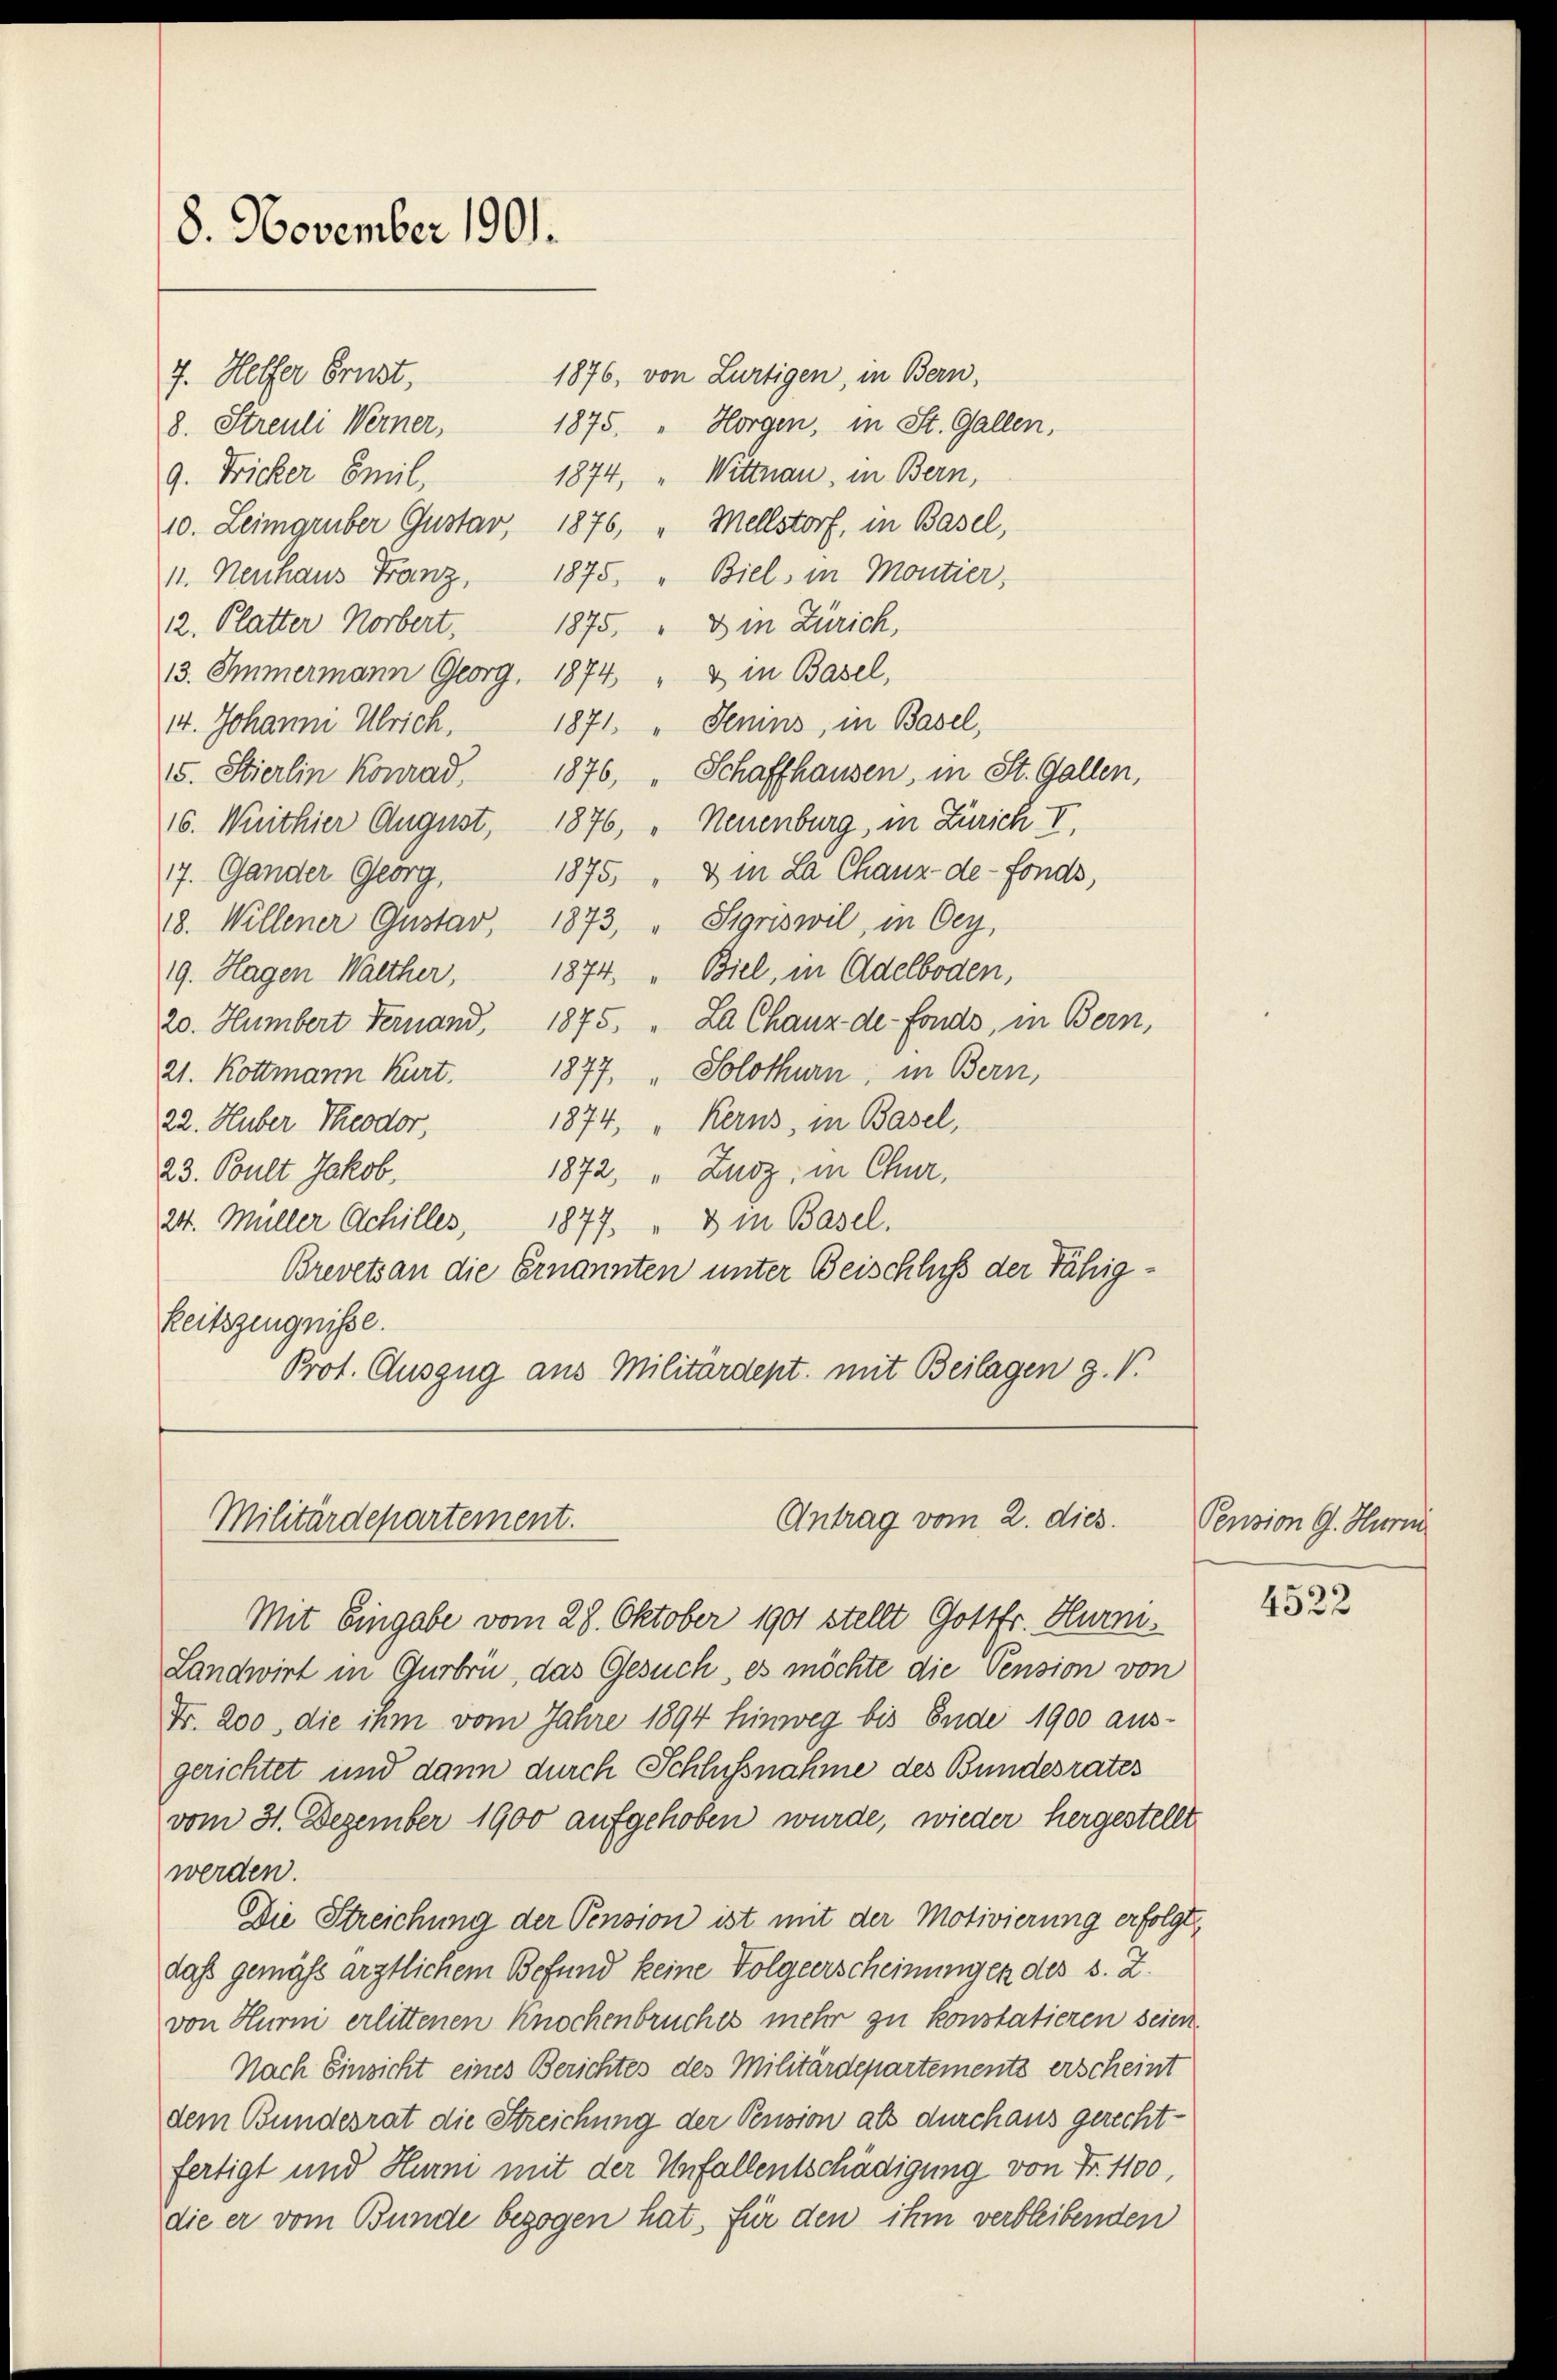
8. November 1901.

1876, von Lürtigen, in Bern,
1875. " Horgen, in St. Gallen,
8. Streuli Werner,
1874, " Wittnau, in Bern,
9. Fricker Emil
Mellstorf, in Basel,
10. Leimgruber Gustav, 1876,
11. Neuhaus Franz, 1875. " Biel, in Montier,
12. Platter Norbert. 1875. " 3 in Zürich,
13. Immermann Georg. 1874 " & in Basel,
14. Johanni Ulrich.
15. Stierlin Konrad,
16. Wirthier August, 1876, " Neuenburg, in Zürich I,
7. Gander Georg,
18. Willener Gustav, 1873, " Sigriswil, in Oey,
19. Hagen Walther, 1874. " Biel, in Adelboden,
20. Humbert Fernand, 1875. La Chaux-de-Fonds, in Bern,
21. Kottmann Kurt. 1877, „ Solothurn, in Bern,
1874. " Kerns, in Basel,
22. Huber Theodor,
1872 " Zurz, in Chur,
23. Pult Jakob.
24. Müller Achilles,
1877. " 3 in Basel.
Brevets an die Ernannten unter Beischluss der Fähigkeitszeugnisse.
Prot. Auszug aus Militärdept. mit Beilagen g.V.

7. Helfer Brust,

1871. " Senins, in Basel,
1876, " Schaffhausen, in St. Gallen,
1875 " & in La Chaux-de-Fonds,

Antrag vom 2. dies
Militärdepartement.

Mit Eingabe vom 28. Oktober 1901 stellt Gottfr. Hurni¬
Landwirt in Gurbru, das Gesuch, es möchte die Pension von
Fr. 200, die ihm vom Jahre 1894 hinweg bis Ende 1900 aus-
gerichtet und dann durch Schlussnahme des Bundesrates
vom 31. Dezember 1900 aufgehoben wurde, wieder hergestellt
werden.
Die Streichung der Pension ist mit der Motivierung erfolgte
das gemäß ärztlichem Befund keine Folgeerscheinungen des s. Z.
von Hurni erlittenen Knochenbruches mehr zu konstatieren seien.
Nach Einsicht eines Berichtes des Militärdepartements erscheint
dem Bundesrat die Streichung der Pension als durchaus gerecht-
fertigt und Hurni mit der Unfallentschädigung von Fr. 1100,
die er vom Bunde bezogen hat, für den ihm verbleibenden

Pension G. Huri

4522